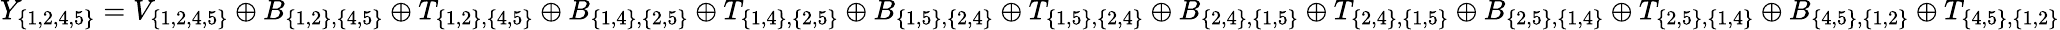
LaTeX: Y_{\{ 1,2,4,5\} }=V_{\{ 1,2,4,5\} }\oplus B_{\{ 1,2\} ,\{ 4,5\} }\oplus T_{\{ 1,2\} ,\{ 4,5\} }\oplus B_{\{ 1,4\} ,\{ 2,5\} }\oplus T_{\{ 1,4\} ,\{ 2,5\} }\oplus B_{\{ 1,5\} ,\{ 2,4\} }\oplus T_{\{ 1,5\} ,\{ 2,4\} }\oplus B_{\{ 2,4\} ,\{ 1,5\} }\oplus T_{\{ 2,4\} ,\{ 1,5\} }\oplus B_{\{ 2,5\} ,\{ 1,4\} }\oplus T_{\{ 2,5\} ,\{ 1,4\} }\oplus B_{\{ 4,5\} ,\{ 1,2\} }\oplus T_{\{ 4,5\} ,\{ 1,2\} }